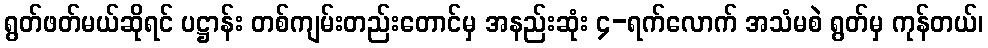
ရွတ်ဖတ်မယ်ဆိုရင် ပဋ္ဌာန်း တစ်ကျမ်းတည်းတောင်မှ အနည်းဆုံး ၄-ရက်လောက် အသံမစဲ ရွတ်မှ ကုန်တယ်၊